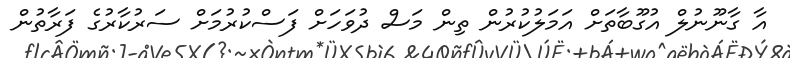
އާ ގާނޫނުލް އުގޫބާތަށް އަމަލުކުރުން ތިން މަސް ދުވަހަށް ފަސްކުރުމަށް ސަރުކާރުގެ ފަރާތުން